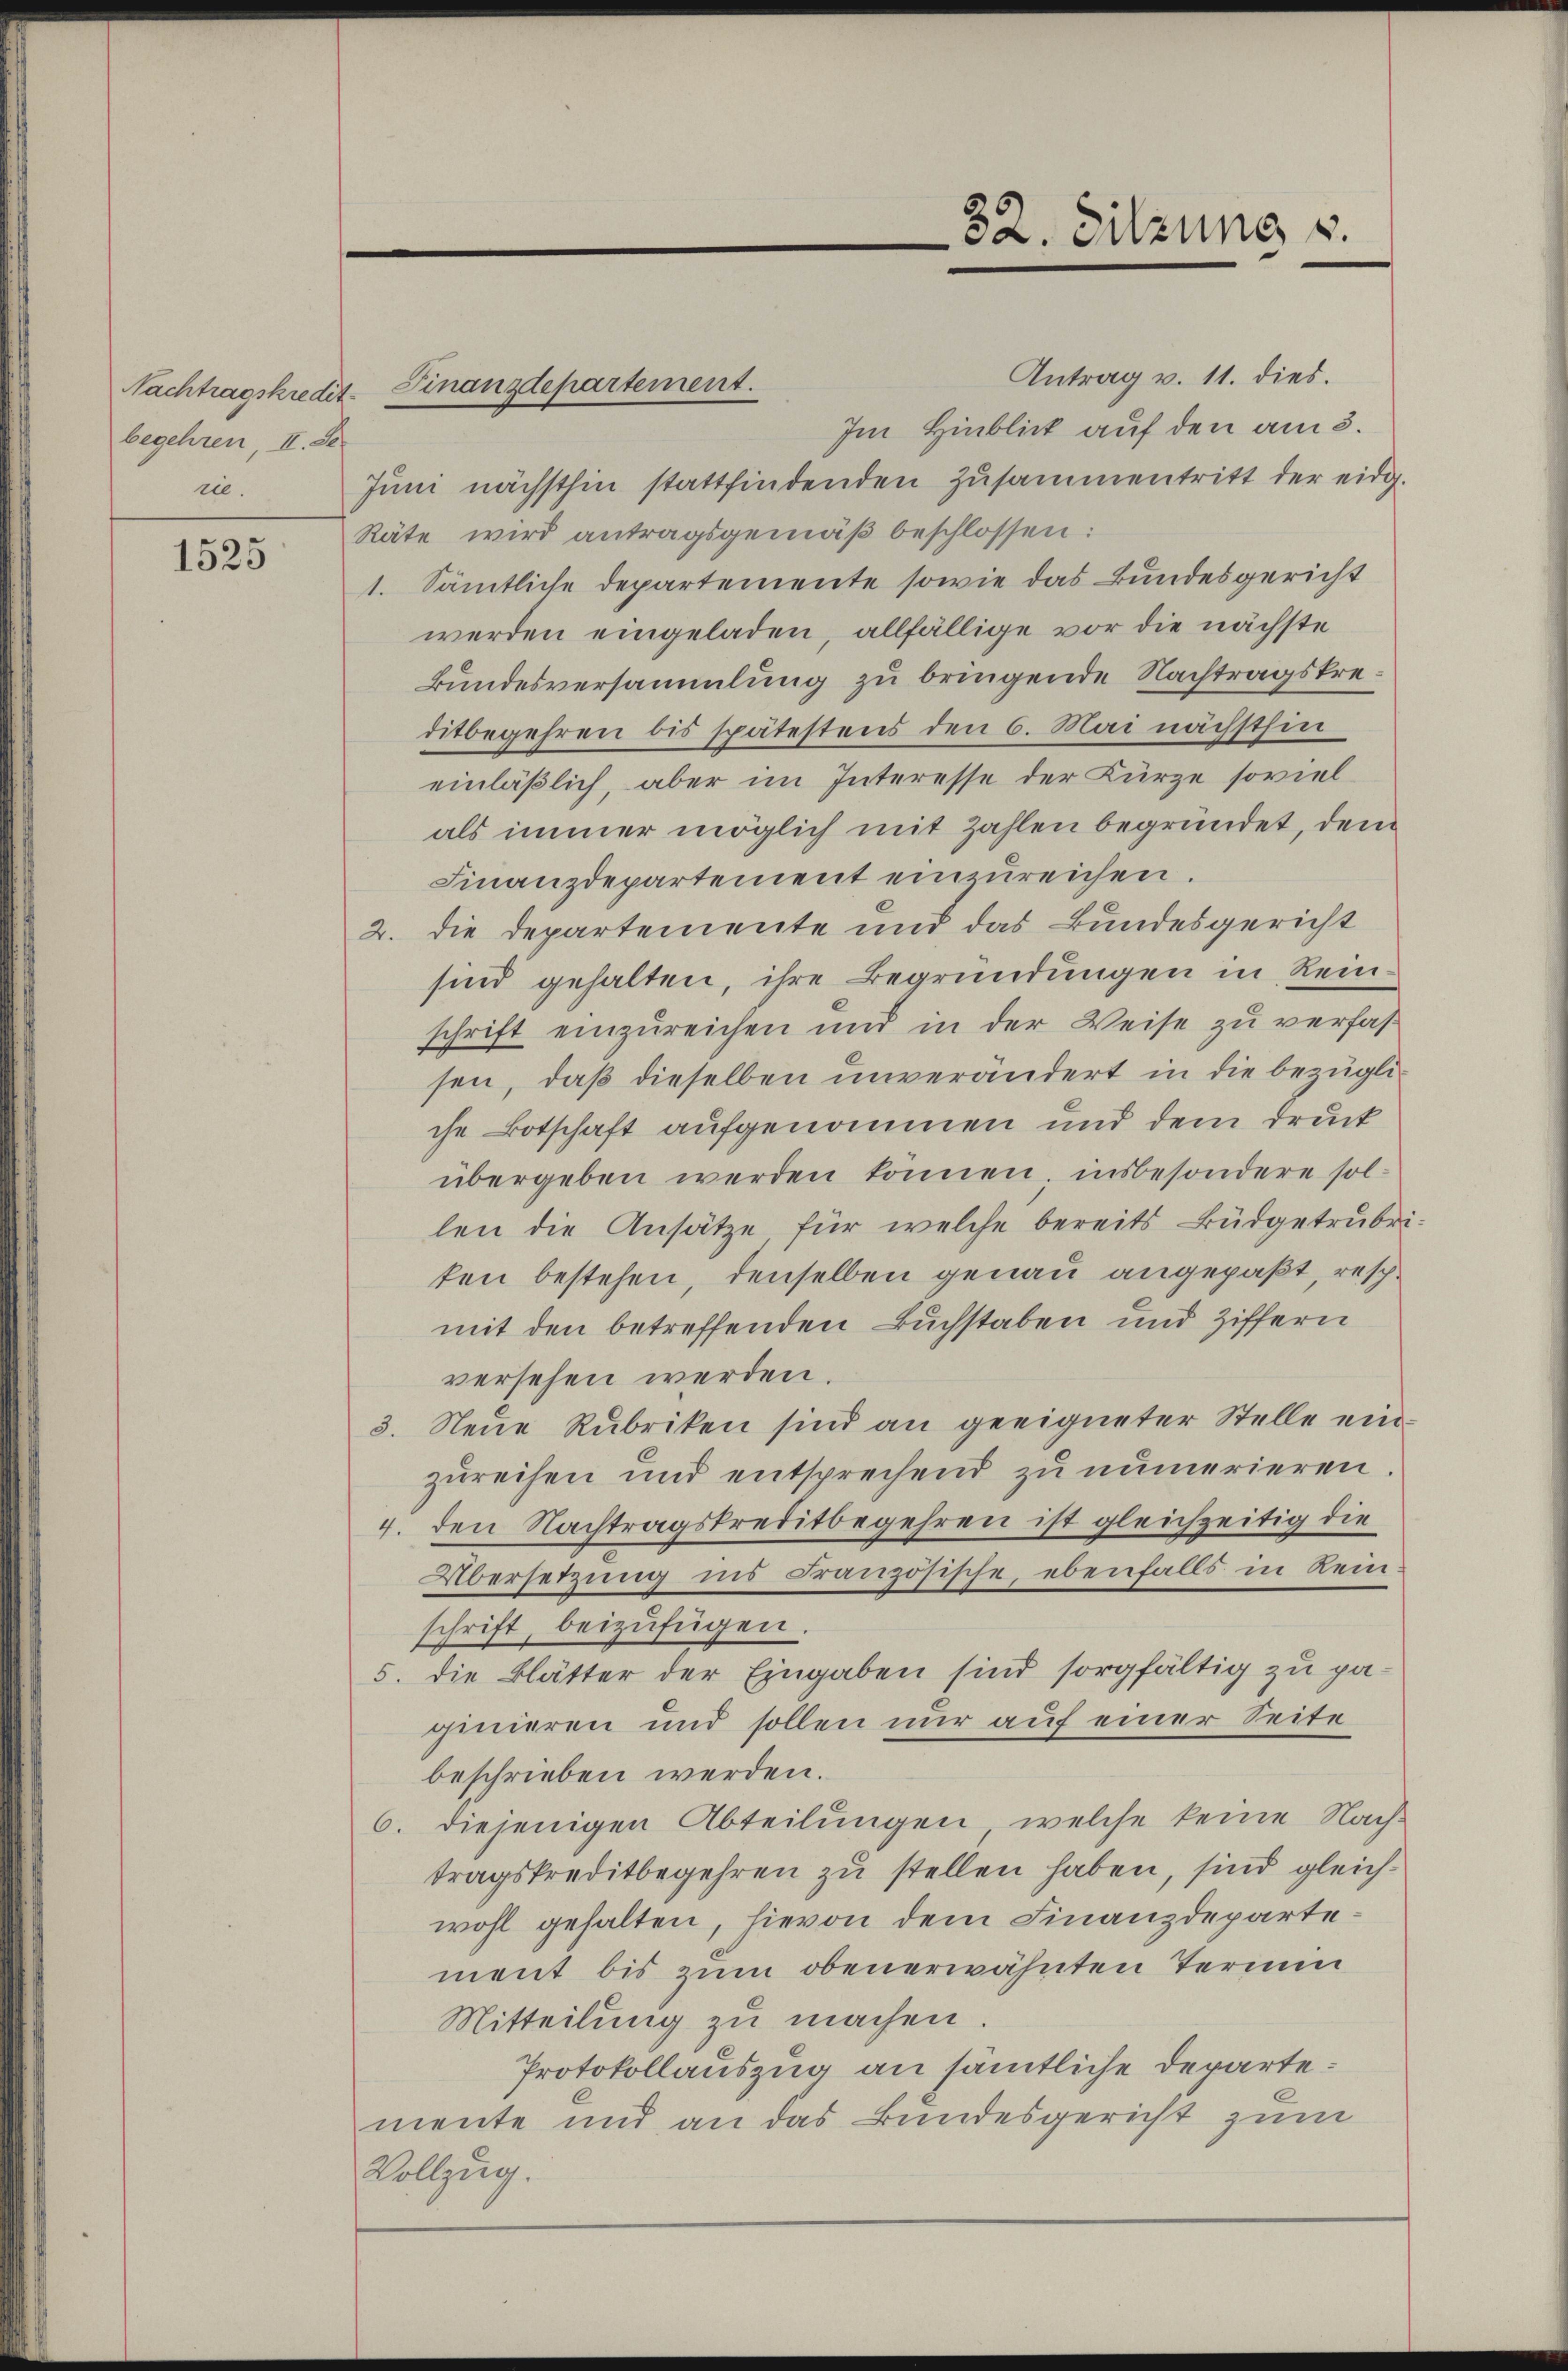
begehren, II. Se
re.

1525

Antrag v. 11. dies.
Im Hinblick auf den am 3.
Juni nächsthin stattfindenden Zusammentritt der eidg.
käte wird antragsgemäß beschlossen:
1. Sämtliche Departemente sowie das Bundesgericht
werden eingeladen, allfällige vor die nächste
kundesversammlung zu bringende Nachtragskreditbegehren bis spätestens den 6. Mai nächsthin
einläßlich, aber im Interesse der Kürze soviel
als immer möglich mit Zahlen begründet, dem
Finanzdepartement einzŭreichen.
2. die Departemente und das Bundesgericht
sind gehalten, ihre Begründungen in Reinschrift einzureichen und in der Weise zu verfassen, daß dieselben unverändert in die bezügliche Botschaft aufgenommen und dem Druck
übergeben werden können, insbesondere sollen die Ansätze, für welche bereits Büdgetrübriten bestehen, denselben genau angepaßt, resch
mit den betreffenden Buchstaben und Ziffern
versehen werden.
3. Neue Rubriken sind an geeigneter Stelle einzureihen und entsprechend zu numerieren.
4. den Nachtragskreditbegehren ist gleichzeitig die
Übersetzung ins Französische, ebenfalls in Reinschrift, beizufügen.
5. die Blätter der Eingaben sind sorgfältig zu paginieren und sollen nur auf einer Seite
beschrieben werden.
6. diejenigen Abteilŭngen, welche keine Nach-
tragskreditbegehren zu stellen haben, sind gleichwohl gehalten, hievon dem Finanzdepartement bis zum obenerwähnten Termin
Mitteilung zu machen.
Protokollauszug an sämtliche Departemente und an das Bundesgericht zum
Vollzug.

Nachtragskredit-Finanzdepartement.

82. Sitzung u.